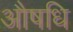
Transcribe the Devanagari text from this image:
औषधि